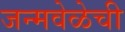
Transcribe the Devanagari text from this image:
जन्मवेळेची